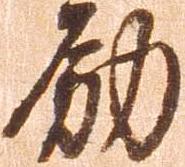
励